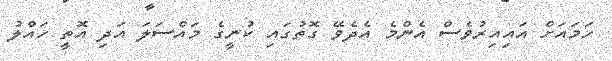
ހަމައަށް އައިއިރުވެސް އެންމެ އެދެވޭ ގޮތުގައި ކުނީގެ މައްސަލަ އަދި އޮތީ ހައްލު